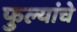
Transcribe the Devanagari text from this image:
फुल्यांचे